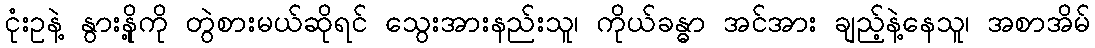
ငုံးဥနဲ့ နွားနို့ကို တွဲစားမယ်ဆိုရင် သွေးအားနည်းသူ၊ ကိုယ်ခန္ဓာ အင်အား ချည့်နဲ့နေသူ၊ အစာအိမ်